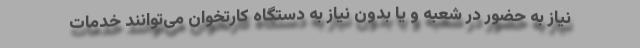
نیاز به حضور در شعبه و یا بدون نیاز به دستگاه کارتخوان می‌توانند خدمات